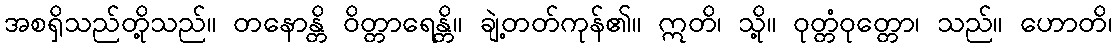
အစရှိသည်တို့သည်။ တနောန္တိ ဝိတ္တာရေန္တိ။ ချဲ့တတ်ကုန်၏။ ဣတိ၊ သို့။ ဝုတ္တံဝုတ္တော၊ သည်။ ဟောတိ၊